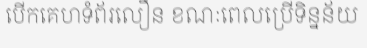
បើកគេហទំព័រលឿន ខណៈពេលប្រើទិន្នន័យ